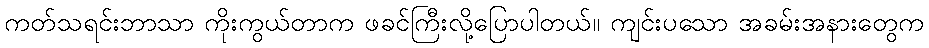
ကတ်သရင်းဘာသာ ကိုးကွယ်တာက ဖခင်ကြီးလို့ပြောပါတယ်။ ကျင်းပသော အခမ်းအနားတွေက